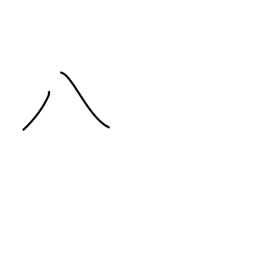
Meaning: eight